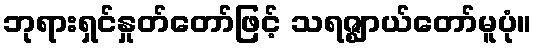
ဘုရားရှင်နှုတ်တော်ဖြင့် သရဇ္ဈာယ်တော်မူပုံ။